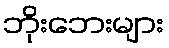
ဘိုးဘေးများ